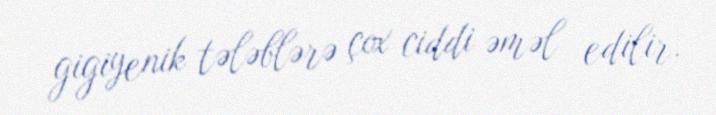
gigiyenik tələblərə çox ciddi əməl edilir.